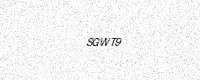
Text: SGWT9